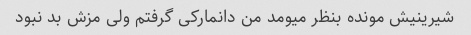
شیرینیش مونده بنظر میومد من دانمارکی گرفتم ولی مزش بد نبود